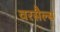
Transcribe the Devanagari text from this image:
वरसैल्स